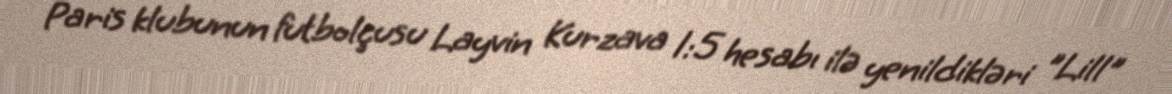
Paris klubunun futbolçusu Layvin Kurzava 1:5 hesabı ilə yenildikləri "Lill"